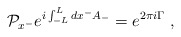
\begin{align*}{\cal P}_{x^{-}} e^{i\int_{-L}^{L} dx^{-} A_{-}} = e^{2\pi i\Gamma}\,\,,\end{align*}